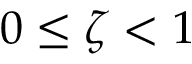
0 \leq \zeta < 1